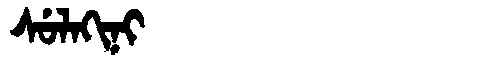
Manchu: ᠰᡠᠯᠠᡴᡳᠨᡳ
Romanization: SULAKINI